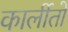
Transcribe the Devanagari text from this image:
कार्लीतो